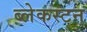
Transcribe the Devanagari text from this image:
ब्लेकस्टन